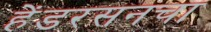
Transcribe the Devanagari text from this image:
हेंडरसनचा